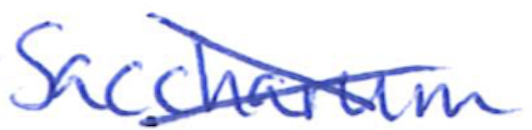
Text: Saccharum
Cross-out: cross
Writing tool: ballpoint